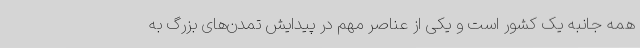
همه جانبه یک کشور است و یکی از عناصر مهم در پیدایش تمدن‌های بزرگ به